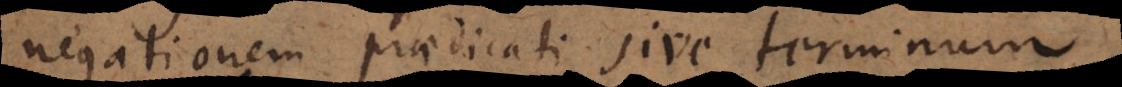
negationem praedicati sive terminum